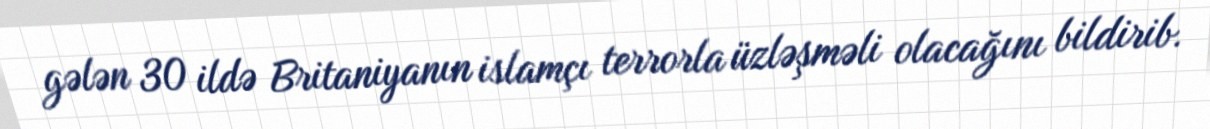
gələn 30 ildə Britaniyanın islamçı terrorla üzləşməli olacağını bildirib.